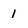
Character: 1